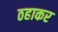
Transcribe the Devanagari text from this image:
ठहाकर